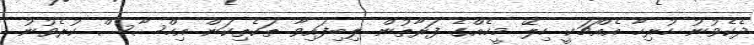
ދެކެވުނު ހުރިހާ އެއްޗަކީ ހިލޭ މީހެއްގެ ފަރާތުން ލިބިފައިވާ ތަކެތިކަން އިހްސާސް ކުރެވުނު.